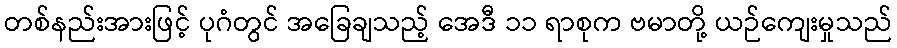
တစ်နည်းအားဖြင့် ပုဂံတွင် အခြေချသည့် အေဒီ ၁၁ ရာစုက ဗမာတို့ ယဉ်ကျေးမှုသည်